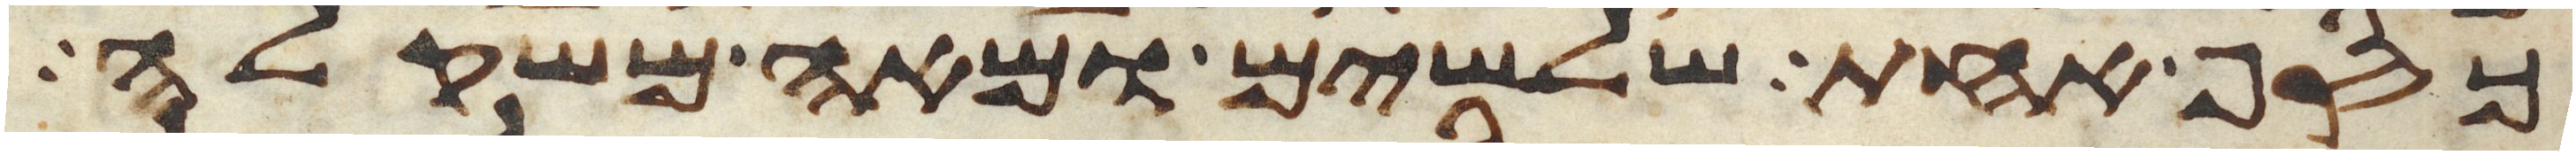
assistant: כסף אחת שלשים ומאה משקלה